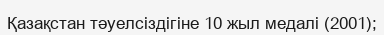
Қазақстан тәуелсіздігіне 10 жыл медалі (2001);